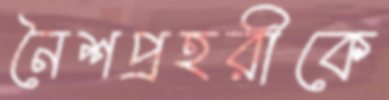
নৈশপ্রহরীকে